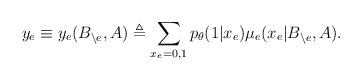
LaTeX: \begin{align*} y_e \equiv y_e(B_{\backslash e},A) \triangleq \sum_{x_e=0,1} p_\theta(1|x_e) \mu_e(x_e|B_{\backslash e},A). \end{align*}